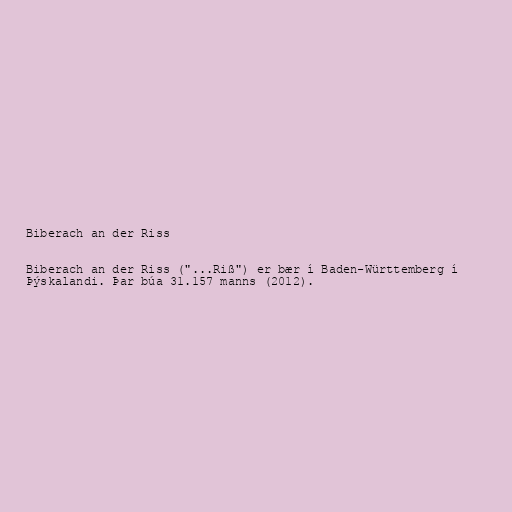
Biberach an der Riss

Biberach an der Riss ("...Riß") er bær í Baden-Württemberg í
Þýskalandi. Þar búa 31.157 manns (2012).